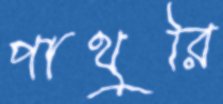
পাথুরি